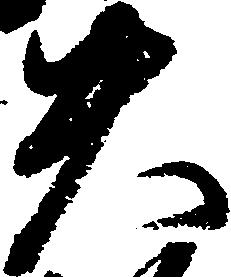
失